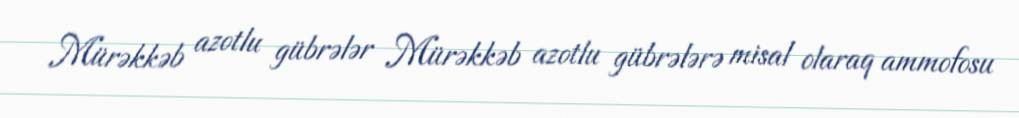
Mürəkkəb azotlu gübrələr Mürəkkəb azotlu gübrələrə misal olaraq ammofosu